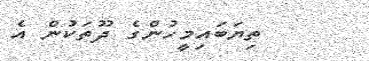
ތިޔަބައިމީހުންގެ ދޫތަކުން އެ